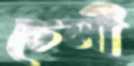
চেলী